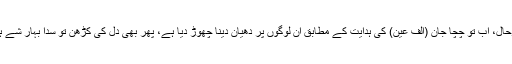
بہرحال، اب تو چچا جان (الف عین) کی ہدایت کے مطابق ان لوگوں پر دھیان دینا چھوڑ دیا ہے، پھر بھی دل کی کڑھن تو سدا بہار شے ہے۔